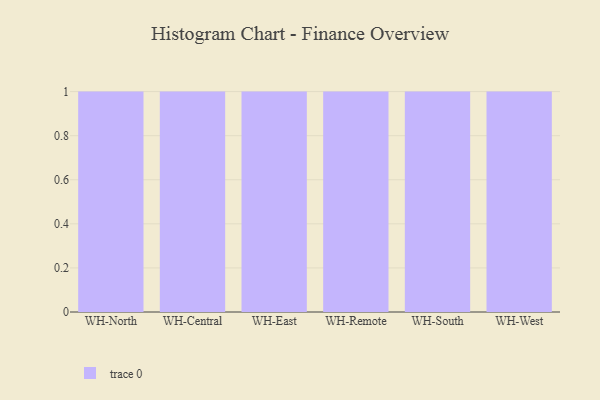
{"axis": {"x": "Warehouse", "y": "Humidity (%)"}, "legend": [""], "data": [{"x": "WH-North", "y": 74, "type": ""}, {"x": "WH-Central", "y": 60, "type": ""}, {"x": "WH-East", "y": 12, "type": ""}, {"x": "WH-Remote", "y": 7, "type": ""}, {"x": "WH-South", "y": 67, "type": ""}, {"x": "WH-West", "y": 63, "type": ""}]}